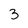
Character: 3